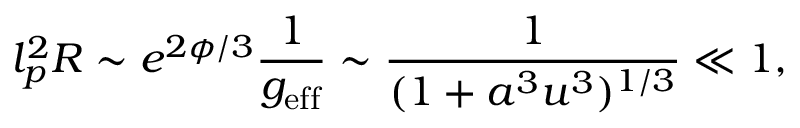
l _ { p } ^ { 2 } R \sim e ^ { 2 \phi / 3 } \frac { 1 } { g _ { \mathrm { e f f } } } \sim \frac { 1 } { ( 1 + a ^ { 3 } u ^ { 3 } ) ^ { 1 / 3 } } \ll 1 ,